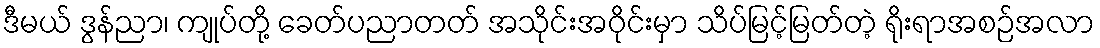
ဒီမယ် ဒွန်ညာ၊ ကျုပ်တို့ ခေတ်ပညာတတ် အသိုင်းအဝိုင်းမှာ သိပ်မြင့်မြတ်တဲ့ ရိုးရာအစဉ်အလာ